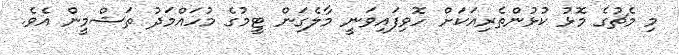
މި މެޗުގެ މޮޅު ކުޅުންތެރިއަކަށް ހޮވިފައިވަނީ މާލެގަން ޓީމުގެ މުހައްމަދު ތަޝްމީން އެވެ.